Ridala_vallavalitsus, lk 17
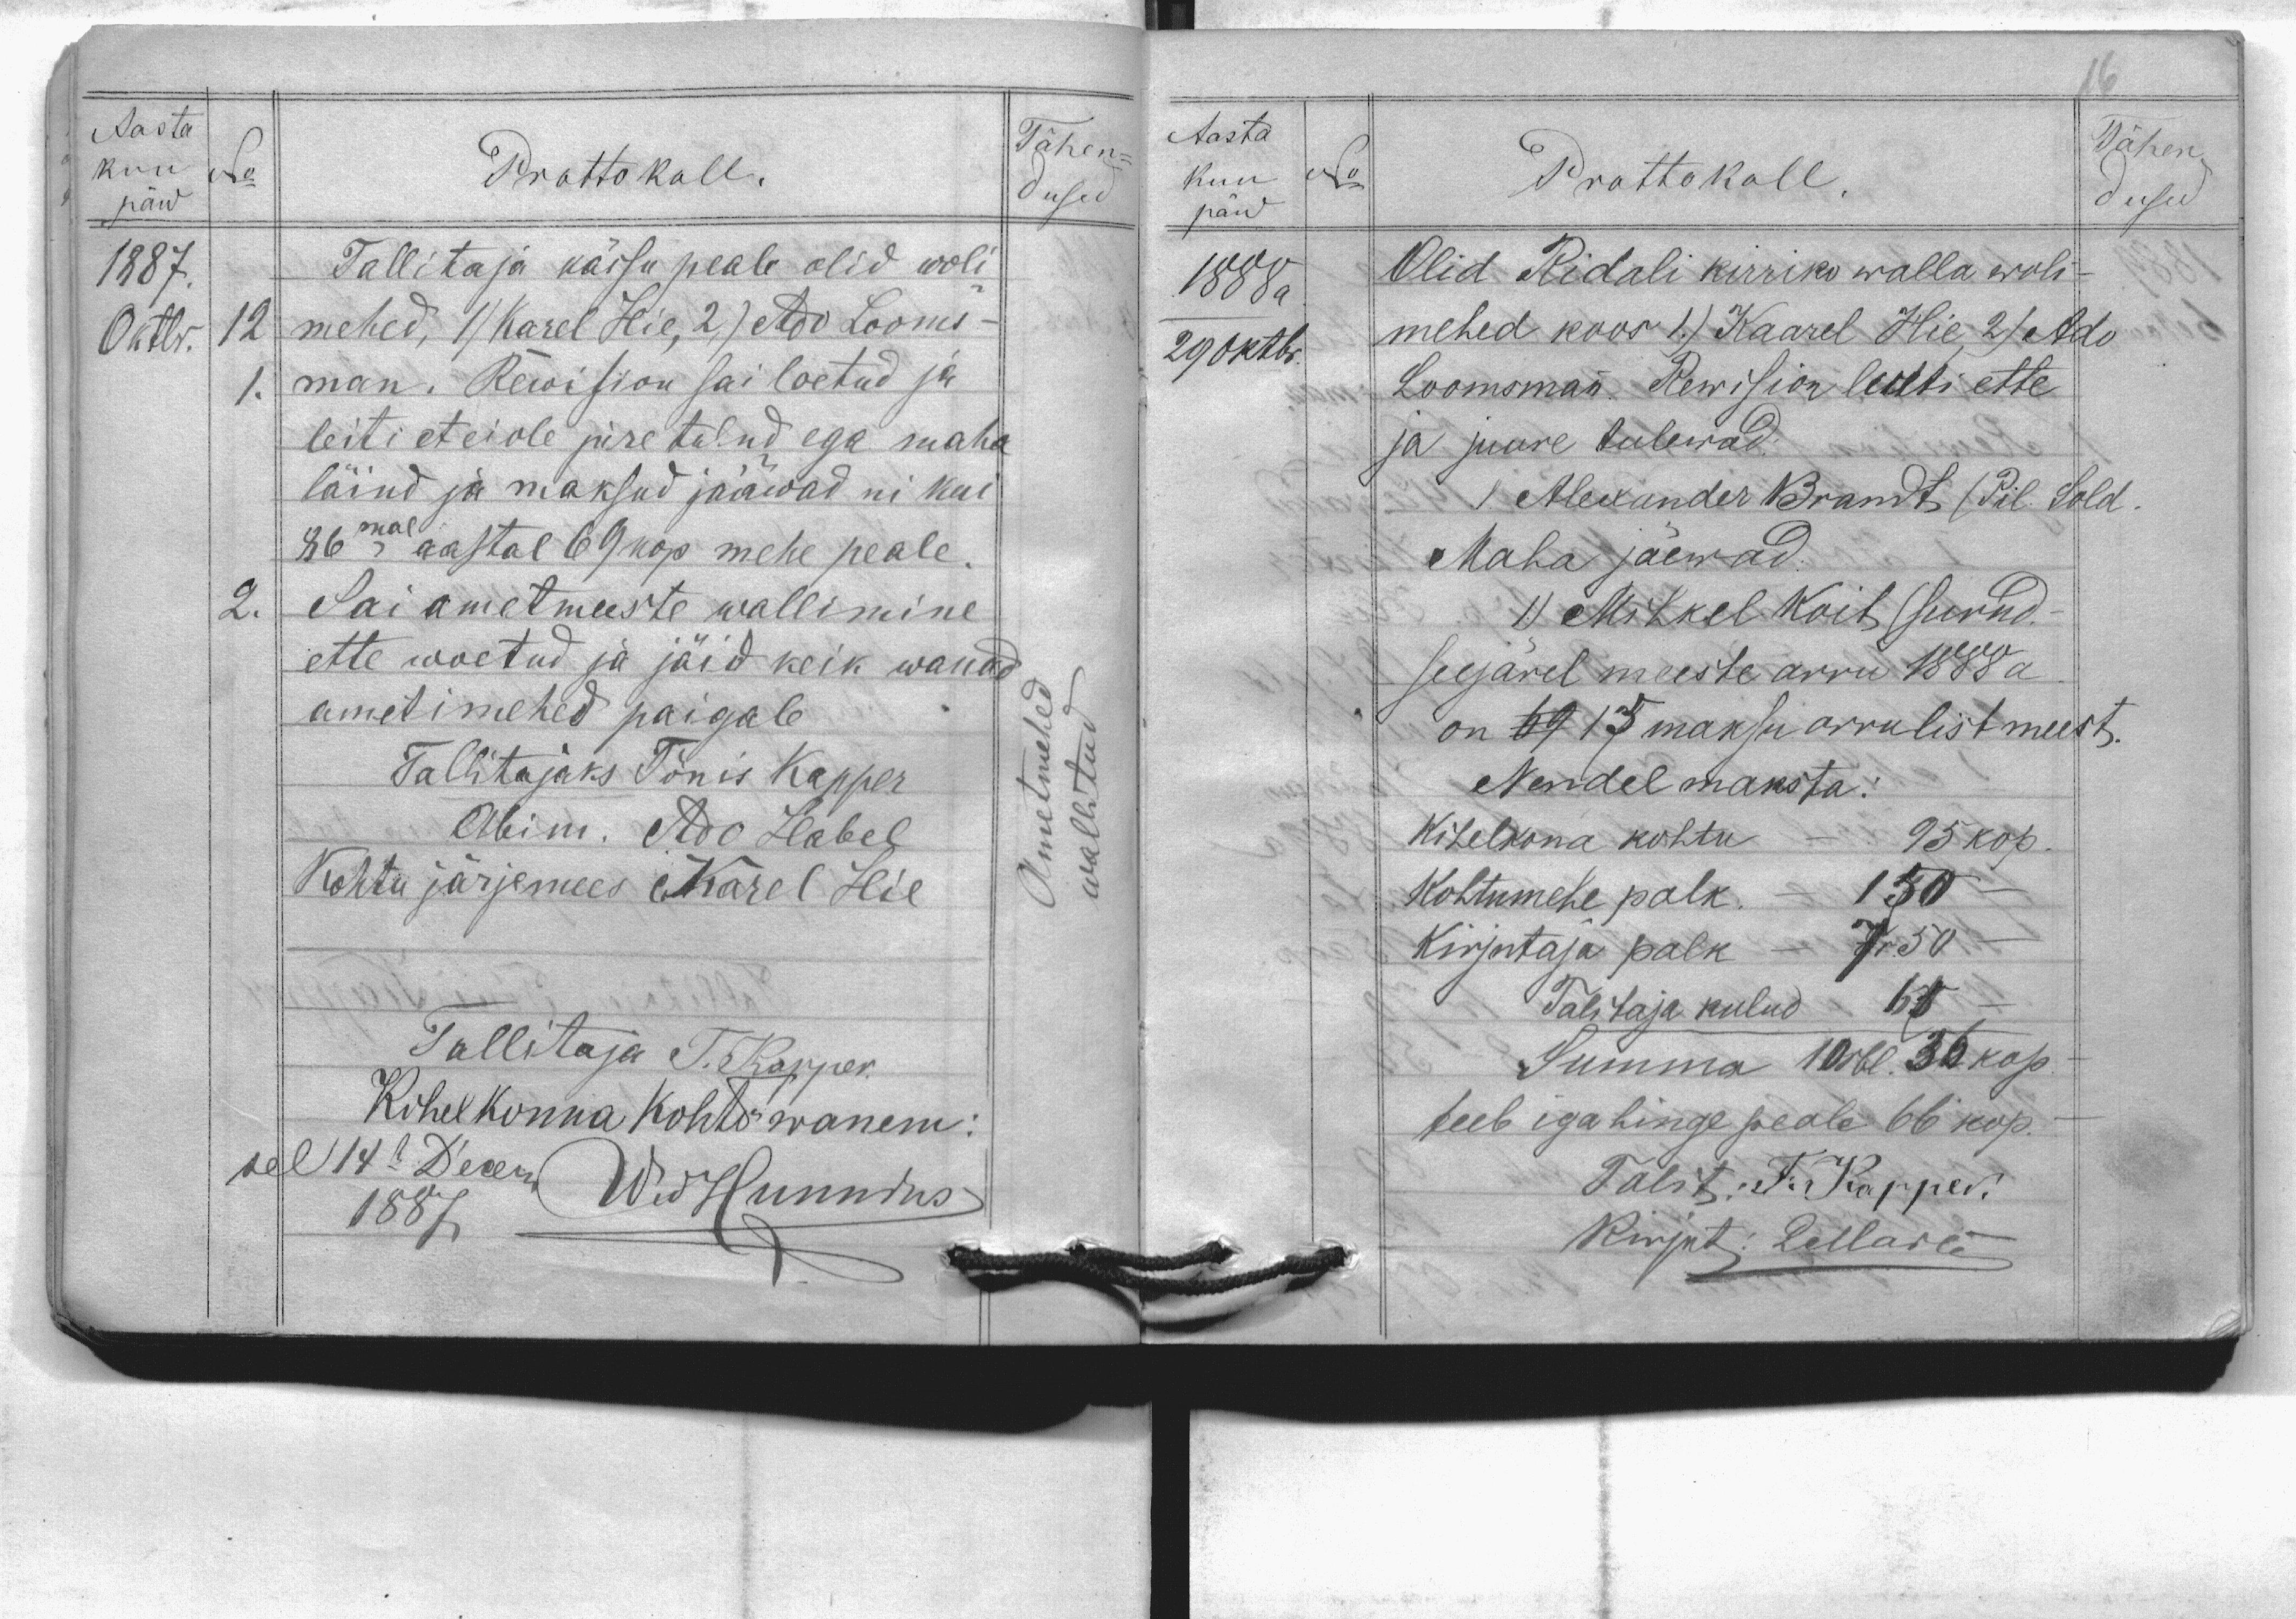
Aasta
kuu
No
Prottokoll.
päw
Tallitaja kässu peale olid woli-
1887.
Oktbr. 12
mehed, 1) Karel Hie, 2) Ado Looms-
man. Rewision sai loetud ja
leiti et ei ole jure tulnd ega maha
läind ja maksud jääwad ni kui
86mal aastal 69 kop mehe peale.
Sai ametmeeste wallimine
2.
ette woetud ja jäid keik wanad
ametimehed paigale
Tallitajas Tõnnis Kapper
Abim. Ado Habel
Kohtu järjemees Karel Hie
Tallitaja T. Kapper
Kohelkonna kohto wanem:
sel 14. Decem.
WidHunnius
1887
Tähen-
dused
1.
Ametmehed
wallitud

Aasta
kuu
päw
1888 a
29 oktbr.
Tähen
Prottokoll.
dused
Olid Ridali kirriko walla woli-
mehed koos 1.) Kaarel Hie, 2) Ado
Loomsman. Rewision lueti ette
ja juure tulewad:
1. Alexander Brandt (Pil. Sold.
Maha jäewad:
1.) Mihkel Koit (surnd,
seejärel meeste arru 1888 a
on 69 15 maksu arrulist meest.
Nendel maksta:
Kihelkona kohtu - 95 kop.
Kohtumehe palk. - 150
Kirjutaja palk - 7r.50
Talitaja lulud 61
Summa 10 rbl 56 kop.
teeb iga hinge 66 kop.
Talit: T. Kapper.
Kirjut: PMarten